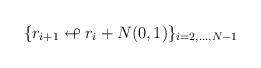
LaTeX: \begin{align*}\lbrace r_{i+1} \looparrowleft r_i + N(0,1) \rbrace_{i=2, \ldots ,N-1}\end{align*}